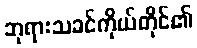
ဘုရားသခင်ကိုယ်တိုင်၏